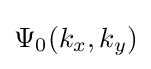
\Psi _{0}(k_{x},k_{y})